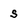
Character: s